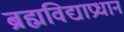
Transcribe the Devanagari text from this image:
ब्रह्मविद्याप्रधान